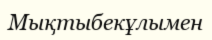
Мықтыбекұлымен